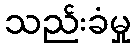
သည်းခံမှု